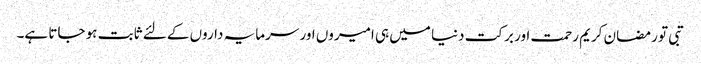
تبی تو رمضان کریم رحمت اور برکت دنیا میں ہی امیروں اور سرمایہ داروں کے لئے ثابت ہو جاتا ہے۔